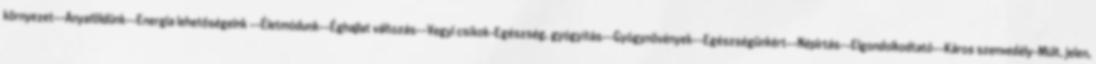
környezet--Anyaföldünk--Energia lehetőségeink --Életmódunk--Éghajlat változás--Vegyi csíkok-Egészség, gyógyítás--Gyógynövények--Egészségünkért--Népirtás--Elgondolkodtató--Káros szenvedély-Múlt, jelen,